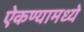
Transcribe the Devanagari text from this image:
ऐकण्यामध्ये